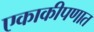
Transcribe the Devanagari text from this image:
एकाकीपणात